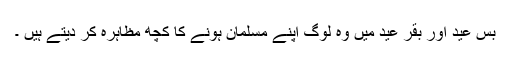
بس عید اور بقر عید میں وہ لوگ اپنے مسلمان ہونے کا کچھ مظاہرہ کر دیتے ہیں ۔